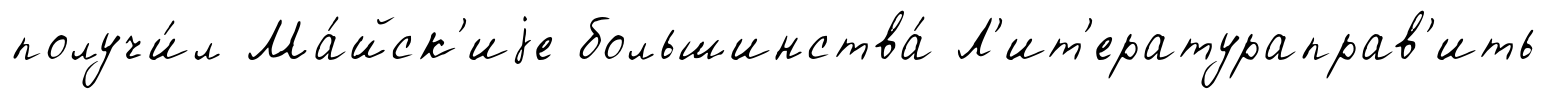
получи́л Ма́йск'иjе большинства́ Л'ит'ератураправ'ить